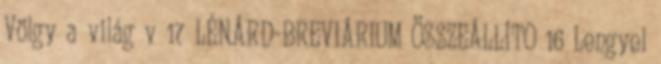
Völgy a világ v 17 LÉNÁRD-BREVIÁRIUM ÖSSZEÁLLÍTO 16 Lengyel